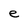
Character: e